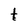
Character: t